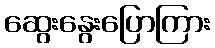
ဆွေးနွေးပြောကြား